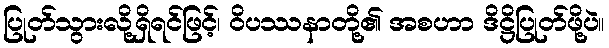
ပြုတ်သွားလို့ရှိရင်ဖြင့်၊ ဝိပဿနာတို့၏ အစဟာ ဒိဋ္ဌိပြုတ်ဖို့ပဲ။